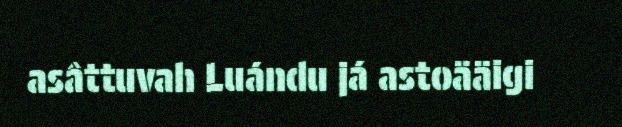
asâttuvah Luándu já astoääigi